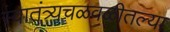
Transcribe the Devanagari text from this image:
स्वातंत्र्यचळवळीतल्या